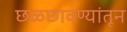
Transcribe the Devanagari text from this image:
छळछावण्यांतून